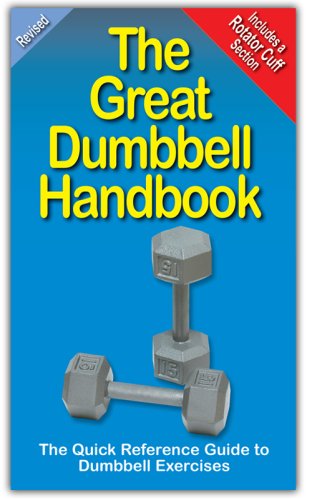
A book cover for The Great Dumbbell Handbook: The Quick Reference Guide to Dumbbell Exercises; Andre Noel Potvin; Health, Fitness & Dieting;